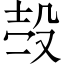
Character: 𣪊